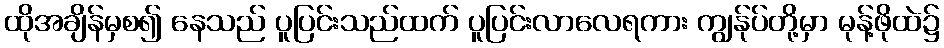
ထိုအချိန်မှစ၍ နေသည် ပူပြင်းသည်ထက် ပူပြင်းလာလေရကား ကျွန်ုပ်တို့မှာ မုန့်ဖိုထဲ၌